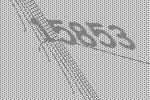
15853